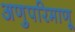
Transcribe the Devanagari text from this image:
अणुपरिमाणू